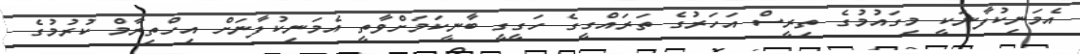
އެމަނިކުފާނަކީ މިގައުމުގެ ތިރީސް އަހަރުގެ ތަރައްގީގެ ހަގީގީ ބާނީކަމަށްވާތީ އެމަނިކުފާނަށް އިހްތިރާމް ކުރުމުގެ